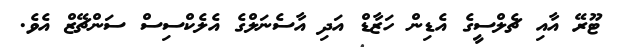
ޓޫރޭ އާއި ޗެލްސީގެ އެޑިން ހަޒާޑް އަދި އާސެނަލްގެ އެލެކްސިސް ސަންޗޭޒް އެެވެ.